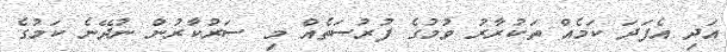
އަދި އެފަދަ ކަމެއް ތަކުރާރު ވުމުގެ ފުރުސަތެއް މި ސަރުކާރުން ނުދޭނެ ކަމުގެ